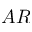
A R